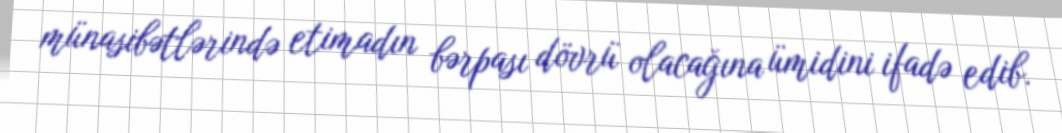
münasibətlərində etimadın bərpası dövrü olacağına ümidini ifadə edib.